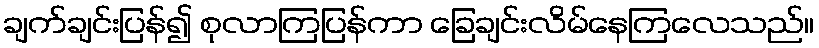
ချက်ချင်းပြန်၍ စုလာကြပြန်ကာ ခြေချင်းလိမ်နေကြလေသည်။